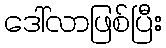
ဒေါ်လာဖြစ်ပြီး